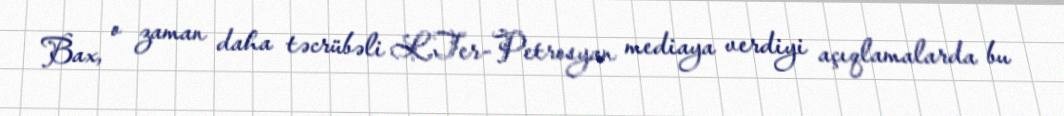
Bax, o zaman daha təcrübəli L.Ter-Petrosyan mediaya verdiyi açıqlamalarda bu